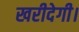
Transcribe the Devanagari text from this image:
खरीदेगी।